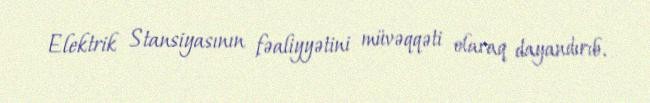
Elektrik Stansiyasının fəaliyyətini müvəqqəti olaraq dayandırıb.